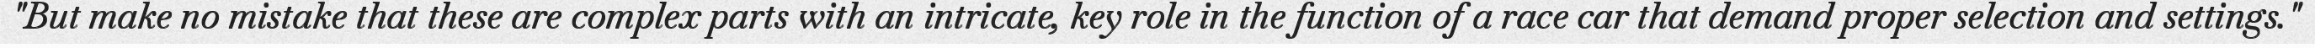
"But make no mistake that these are complex parts with an intricate, key role in the function of a race car that demand proper selection and settings."